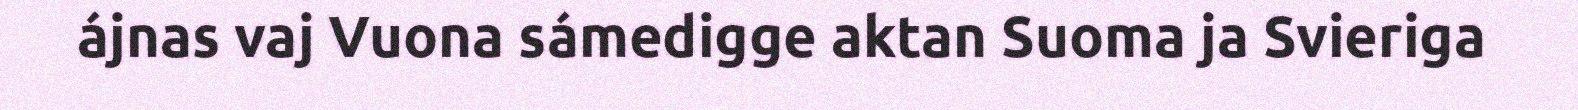
ájnas vaj Vuona sámedigge aktan Suoma ja Svieriga